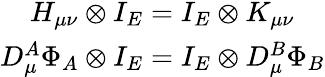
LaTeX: \begin{array}{c}{{H_{\mu\nu}\otimes I_{E}=I_{E}\otimes K_{\mu\nu}}}\\ {{D_{\mu}^{A}\Phi_{A}\otimes I_{E}=I_{E}\otimes D_{\mu}^{B}\Phi_{B}}}\end{array}